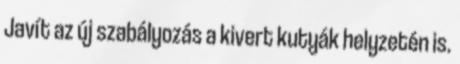
Javít az új szabályozás a kivert kutyák helyzetén is.